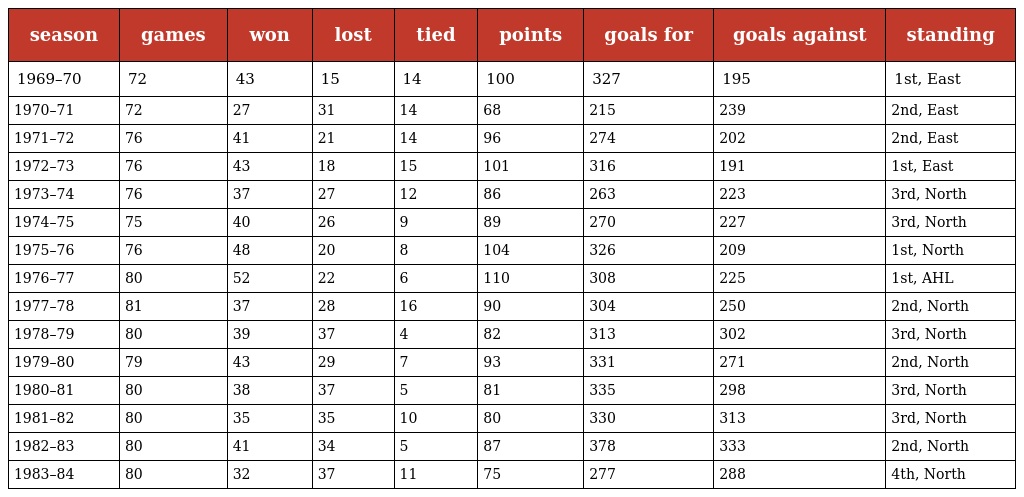
| season | games | won | lost | tied | points | goals for | goals against | standing |
 | --- | --- | --- | --- | --- | --- | --- | --- | --- |
 | 1969–70 | 72 | 43 | 15 | 14 | 100 | 327 | 195 | 1st, East |
 | 1970–71 | 72 | 27 | 31 | 14 | 68 | 215 | 239 | 2nd, East |
 | 1971–72 | 76 | 41 | 21 | 14 | 96 | 274 | 202 | 2nd, East |
 | 1972–73 | 76 | 43 | 18 | 15 | 101 | 316 | 191 | 1st, East |
 | 1973–74 | 76 | 37 | 27 | 12 | 86 | 263 | 223 | 3rd, North |
 | 1974–75 | 75 | 40 | 26 | 9 | 89 | 270 | 227 | 3rd, North |
 | 1975–76 | 76 | 48 | 20 | 8 | 104 | 326 | 209 | 1st, North |
 | 1976–77 | 80 | 52 | 22 | 6 | 110 | 308 | 225 | 1st, AHL |
 | 1977–78 | 81 | 37 | 28 | 16 | 90 | 304 | 250 | 2nd, North |
 | 1978–79 | 80 | 39 | 37 | 4 | 82 | 313 | 302 | 3rd, North |
 | 1979–80 | 79 | 43 | 29 | 7 | 93 | 331 | 271 | 2nd, North |
 | 1980–81 | 80 | 38 | 37 | 5 | 81 | 335 | 298 | 3rd, North |
 | 1981–82 | 80 | 35 | 35 | 10 | 80 | 330 | 313 | 3rd, North |
 | 1982–83 | 80 | 41 | 34 | 5 | 87 | 378 | 333 | 2nd, North |
 | 1983–84 | 80 | 32 | 37 | 11 | 75 | 277 | 288 | 4th, North |